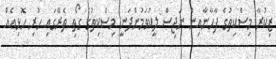
ޒިކުރާ މިސްކިތުގެ ފާހާނާއިން ނަޖިސް ލީކުވަމުންދަނީ މިސްކިތުގެ ގޯތި ތެރޭގައި ހުރި ހޮޅިއެއް